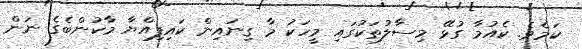
ކަމެވެ. ކެއުމާ ގުޅޭ މިސާލުތަކުގައި މީހަކު މާ ގިނައިން ކައިފިއްޔާ މާކުންބެގެ ނަން